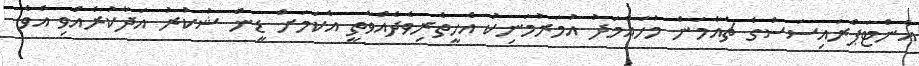
އެންޓަޕްރައިސަސްގެ ޗެއާމަން މުހައްމަދު އުމަރުމަނިކު އެހީތެރިވެދެއްވާތީ އެކަމަށް ޑީން ޝުކުރު އަދާކުރެއްވި އެވެ.